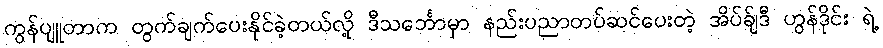
ကွန်ပျူတာက တွက်ချက်ပေးနိုင်ခဲ့တယ်လို့ ဒီသင်္ဘောမှာ နည်းပညာတပ်ဆင်ပေးတဲ့ အိပ်ခ်ျဒီ ဟွန်ဒိုင်း ရဲ့